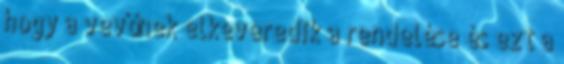
hogy a vevőnek elkeveredik a rendelése és ezt a